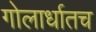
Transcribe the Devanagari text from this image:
गोलार्धातच